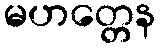
မဟတ္တေန